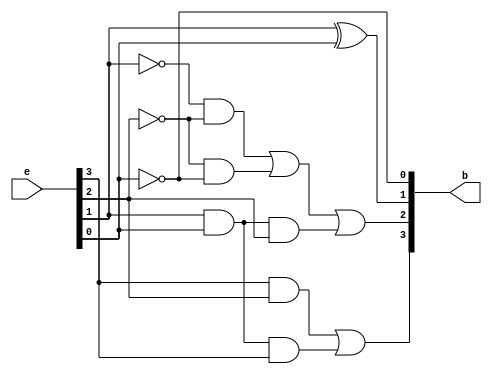
module Excess_3_to_BCD(e,b);
input [3:0]e;
output [3:0] b;
assign b[3] = (e[3]&e[2])|(e[1]&e[0]&e[3]);
assign b[2] = (~e[1]&~e[2])| (~e[2]&~e[0])|(e[0]&e[1]&e[2]);
assign b[1] = (e[1]^e[0]);
assign b[0] = (~e[0]);
endmodule